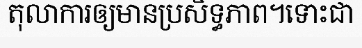
តុលាការឲ្យមានប្រសិទ្ធភាព។ទោះជា